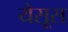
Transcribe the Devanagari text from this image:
येसूस